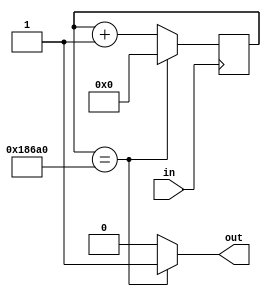
`timescale 1ns / 1ps
//////////////////////////////////////////////////////////////////////////////////
// Company: 
// Engineer: 
// 
// Design Name: 
// Module Name: divider
// Project Name: 
// Target Devices: 
// Tool Versions: 
// Description: 
// 
// Dependencies: 
// 
// Revision:
// Revision 0.01 - File Created
// Additional Comments:
// 
//////////////////////////////////////////////////////////////////////////////////


module divider(
    input in,
    output reg out
    );
    reg [27:0] counter;
    initial counter = 0;
    always @(posedge in) begin
        if(counter == 100_000) counter = 0;
        else counter = counter + 1;
    end
    always @(counter) begin
        if(counter == 100_000) out = 1;
        else out = 0;
    end
endmodule